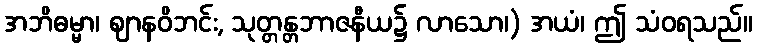
အဘိဓမ္မာ၊ ဈာနဝိဘင်း, သုတ္တန္တဘာဇနီယ၌ လာသော၊) အယံ၊ ဤ သံဝရသည်။